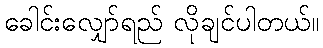
ခေါင်းလျှော်ရည် လိုချင်ပါတယ်။